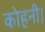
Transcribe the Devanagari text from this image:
कोहनी।